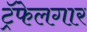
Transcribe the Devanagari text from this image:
ट्रॅफेलगार